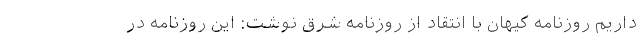
داریم روزنامه کیهان با انتقاد از روزنامه شرق نوشت: این روزنامه در